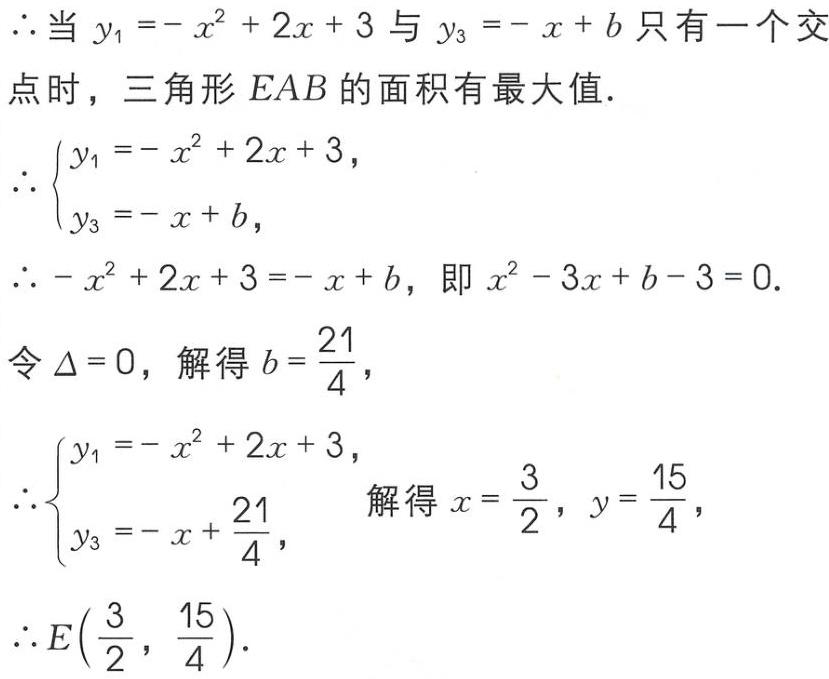
$\therefore$当 $y_{1}=-x^{2}+2x + 3$ 与 $y_{3}=-x + b$ 只有一个交点时，三角形 $EAB$ 的面积有最大值.
$\therefore\left\{\begin{array}{l}y_{1}=-x^{2}+2x + 3,\\y_{3}=-x + b,\end{array}\right.$
$\therefore -x^{2}+2x + 3=-x + b$，即 $x^{2}-3x + b - 3 = 0$.
令 $\Delta = 0$，解得 $b=\frac{21}{4}$，
$\therefore\left\{\begin{array}{l}y_{1}=-x^{2}+2x + 3,\\y_{3}=-x+\frac{21}{4},\end{array}\right.$ 解得 $x=\frac{3}{2}$，$y=\frac{15}{4}$，
$\therefore E(\frac{3}{2},\frac{15}{4})$.